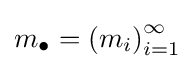
m_{\bullet }=\left(m_{i}\right)_{i=1}^{\infty }